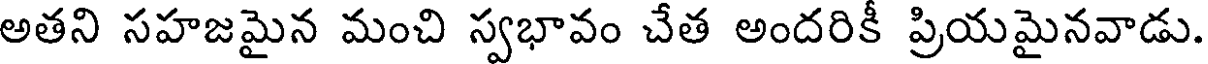
అతని సహజమైన మంచి స్వభావం చేత అందరికీ ప్రియమైనవాడు.